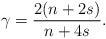
LaTeX: \begin{align*}\gamma=\frac{2(n+2s)}{n+4s}.\end{align*}